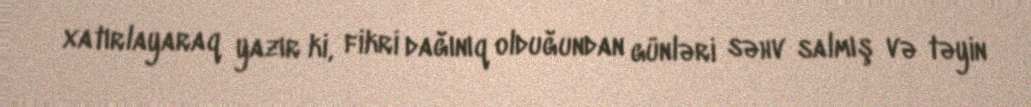
xatırlayaraq yazır ki, fikri dağınıq olduğundan günləri səhv salmış və təyin